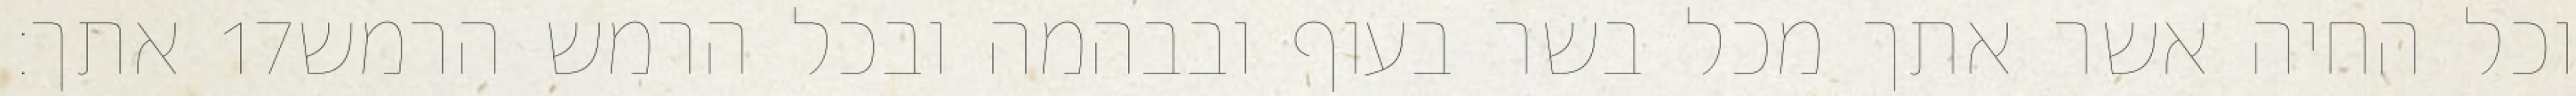
אתך׃ ‎17‏ וכל החיה אשר אתך מכל בשר בעוף ובבהמה ובכל הרמש הרמש